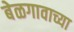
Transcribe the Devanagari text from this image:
बेळगावाच्या